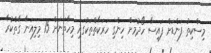
މިސްކިތު ފަންޑަށް ފައިސާ ހޯދުމަށް ހިންގި ހަރަކާތްތަކުގައި މިހާތަނަށް 15 މިލިއަނާ ގާތްކުރާ